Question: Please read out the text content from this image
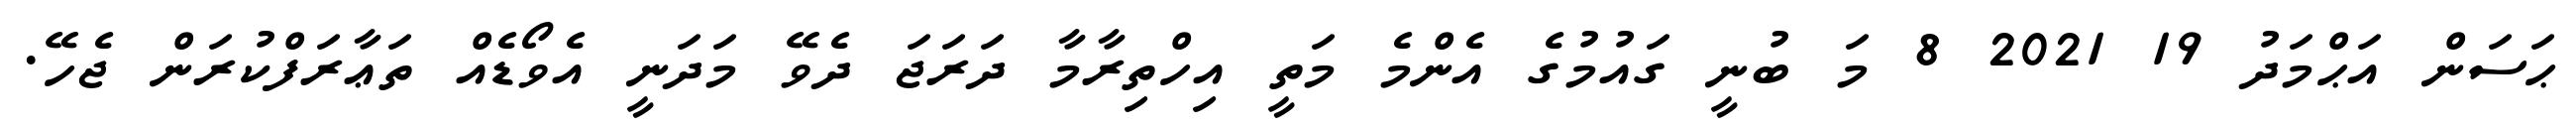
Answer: ޙަސަން އަޙްމަދު 19 2021 8 މަ ބުނީ ގައުމުގެ އެންމެ މަތީ އިހްތިރާމާ ދަރަޖަ ދެވޭ މަދަނީ އެވޯޑެއް ތަޢާރަފްކުރަން ޖެހޭ.